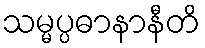
သမ္မပ္ပဓာနာနီတိ